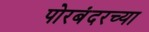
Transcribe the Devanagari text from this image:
पोरबंदरच्या